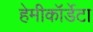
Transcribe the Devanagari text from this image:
हेमीकॉर्डेटा